Civil Veterinary Dept. Bombay admin report 1932-41 - 1932-1941
Year: 1932
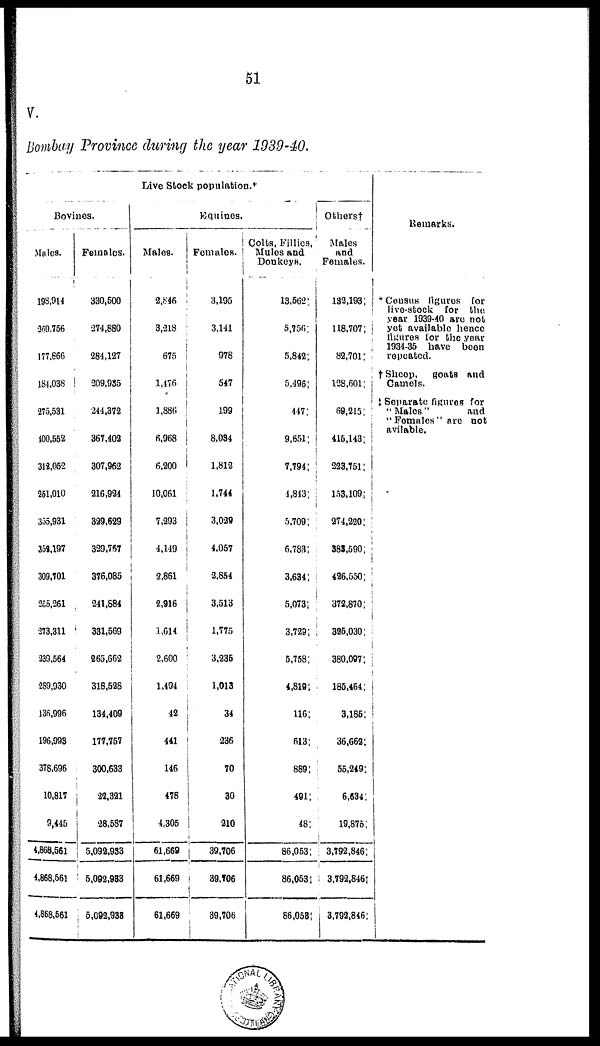
51
V.
Bombay Province during the year 1939-40.
Live Stock population.*
Bovines.
Males.
198,914
269,756
177,866
184,038
275,531
400,552
312,052
251,010
355,931
352,197
309,701
255,261
273,311
239,564
289,930
136,996
196,993
378,696
10,817
9,445
4,868,561
4,868,561
4,868,561
Females.
330,500
274,880
284,127
209,935
244,372
367,402
307,962
216,924
329,629
329,757
376,085
241,884
331,569
265,662
318,528
134,409
177,757
300,633
22,321
28,587
5,092,933
5,092,933
5,092,938
Equines.
Males.
2,846
3,218
675
1,476
1,886
6,968
6,200
10,061
7,293
4,149
2,861
2,916
1,614
2,600
1,494
42
441
146
478
4,305
61,669
61,669
61,669
Females.
3,195
3,141
978
547
199
8,034
1,812
1,744
3,029
4,057
2,854
3,513
1,775
3,235
1,013
34
236
70
30
210
39,706
39,706
39,706
Colts, Fillies,
Mules and
Donkeys.
13,562‡
5,756‡
5,842‡
5,496‡
147‡
9,651‡
7,794‡
4,813‡
5,709‡
6,783‡
3,634‡
5,073‡
3,729‡
5,758‡
4,819‡
116‡
613‡
889‡
491‡
48‡
86,053‡
86,053‡
86,053†
Others†
Males
and
Females.
132,193‡
118,707‡
82,701;
128,601;
69,215‡
415,143‡
223,751‡
153,109‡
274,220‡
383,590‡
426,550‡
372,870‡
325,030‡
380,097‡
185,464‡
3,185‡
36,662‡
55,249‡
6,634‡
19,875‡
3,792,846‡
3,792,846‡
3,792,846‡
Remarks.
* Census figures for
live-stock for the
year 1939-40 are not
yet available hence
figures for the year
1934-35 have been
repeated.
† Sheep, goats and
Camels.
‡ Separate figures for
" Males "
and
" Females "are not
avilable.